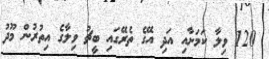
120 ވިލާ ކަމަށާއި އަދި އޭގެ ތެރޭގައި ބީޗު ވިލާގެ އިތުރުން މޫދު